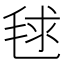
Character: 毬